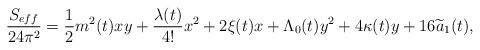
LaTeX: \begin{align*}\frac{S_{eff}}{24\pi^2} = \frac{1}{2} m^2(t) xy + \frac{\lambda(t)}{4!} x^2 + 2\xi (t) x + \Lambda_0 (t) y^2 + 4 \kappa (t) y+ 16 \widetilde{a}_1 (t),\end{align*}